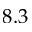
8 . 3